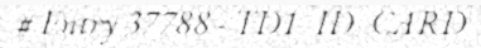
# Entry 37788 - TD1_ID_CARD